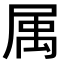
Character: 𡲇